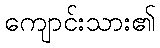
ကျောင်းသား၏